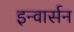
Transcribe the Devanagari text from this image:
इन्वार्सन